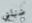
ضبابي